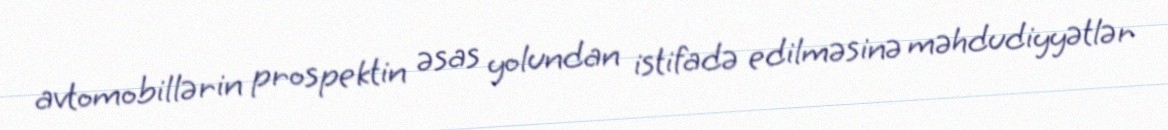
avtomobillərin prospektin əsas yolundan istifadə edilməsinə məhdudiyyətlər